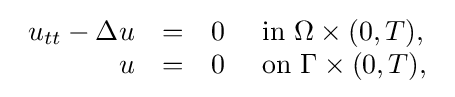
{\begin{array}{rcll}u_{tt}-\Delta u&=&0&{\mbox{ in }}\Omega \times (0,T),\\u&=&0&{\mbox{ on }}\Gamma \times (0,T),\end{array}}